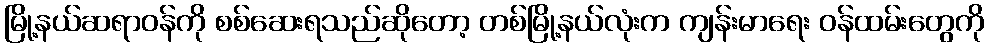
မြို့နယ်ဆရာဝန်ကို စစ်ဆေးရသည်ဆိုတော့ တစ်မြို့နယ်လုံးက ကျန်းမာရေး ဝန်ထမ်းတွေကို